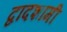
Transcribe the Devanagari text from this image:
द्वादशामी